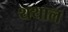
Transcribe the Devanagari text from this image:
थथाल